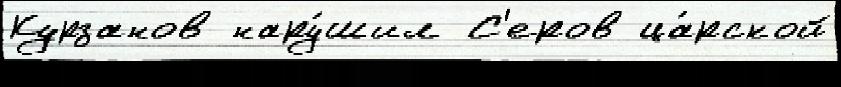
Курзанов нару́шил С'еров ца́рской